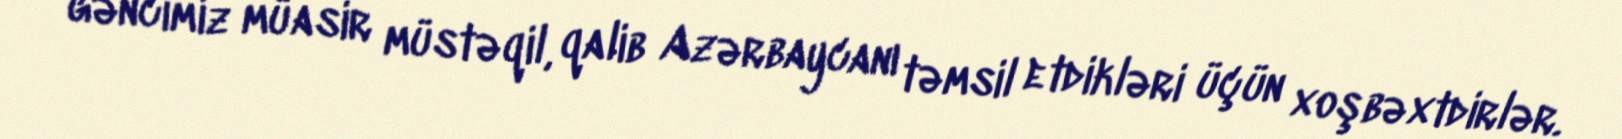
gəncimiz müasir müstəqil, qalib Azərbaycanı təmsil etdikləri üçün xoşbəxtdirlər.